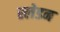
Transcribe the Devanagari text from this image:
स्लेडन